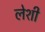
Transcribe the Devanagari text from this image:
लेशी